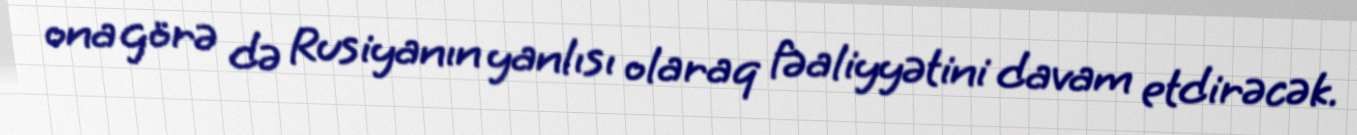
ona görə də Rusiyanın yanlısı olaraq fəaliyyətini davam etdirəcək.